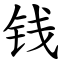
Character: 钱